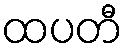
ထပတီ